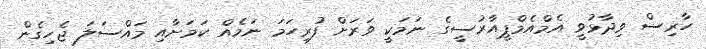
ހާރިސް ވިދާޅުވީ އެމްއެމްޕީއާރުސީގެ ނަމަކީ ވަރަށް ފުރިހަމަ ނަމެއް ކަމަށާއި މައްސަލަ ޖެހިގެން